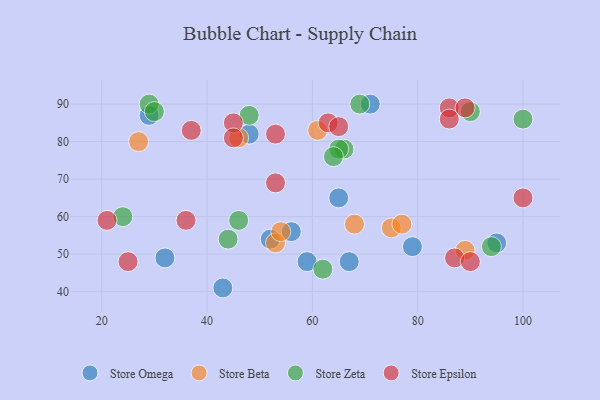
{"axis": {"x": "GDP", "y": "Life Expectancy"}, "legend": ["Store Beta", "Store Epsilon", "Store Omega", "Store Zeta"], "data": [{"x": "32", "y": 49, "type": "Store Omega"}, {"x": "29", "y": 87, "type": "Store Omega"}, {"x": "79", "y": 52, "type": "Store Omega"}, {"x": "67", "y": 48, "type": "Store Omega"}, {"x": "59", "y": 48, "type": "Store Omega"}, {"x": "65", "y": 65, "type": "Store Omega"}, {"x": "71", "y": 90, "type": "Store Omega"}, {"x": "52", "y": 54, "type": "Store Omega"}, {"x": "95", "y": 53, "type": "Store Omega"}, {"x": "43", "y": 41, "type": "Store Omega"}, {"x": "56", "y": 56, "type": "Store Omega"}, {"x": "48", "y": 82, "type": "Store Omega"}, {"x": "75", "y": 57, "type": "Store Beta"}, {"x": "61", "y": 83, "type": "Store Beta"}, {"x": "68", "y": 58, "type": "Store Beta"}, {"x": "89", "y": 51, "type": "Store Beta"}, {"x": "27", "y": 80, "type": "Store Beta"}, {"x": "53", "y": 53, "type": "Store Beta"}, {"x": "77", "y": 58, "type": "Store Beta"}, {"x": "46", "y": 81, "type": "Store Beta"}, {"x": "54", "y": 56, "type": "Store Beta"}, {"x": "66", "y": 78, "type": "Store Zeta"}, {"x": "65", "y": 78, "type": "Store Zeta"}, {"x": "29", "y": 90, "type": "Store Zeta"}, {"x": "100", "y": 86, "type": "Store Zeta"}, {"x": "62", "y": 46, "type": "Store Zeta"}, {"x": "48", "y": 87, "type": "Store Zeta"}, {"x": "46", "y": 59, "type": "Store Zeta"}, {"x": "90", "y": 88, "type": "Store Zeta"}, {"x": "94", "y": 52, "type": "Store Zeta"}, {"x": "24", "y": 60, "type": "Store Zeta"}, {"x": "69", "y": 90, "type": "Store Zeta"}, {"x": "44", "y": 54, "type": "Store Zeta"}, {"x": "64", "y": 76, "type": "Store Zeta"}, {"x": "30", "y": 88, "type": "Store Zeta"}, {"x": "87", "y": 49, "type": "Store Epsilon"}, {"x": "45", "y": 85, "type": "Store Epsilon"}, {"x": "63", "y": 85, "type": "Store Epsilon"}, {"x": "53", "y": 82, "type": "Store Epsilon"}, {"x": "36", "y": 59, "type": "Store Epsilon"}, {"x": "37", "y": 83, "type": "Store Epsilon"}, {"x": "86", "y": 89, "type": "Store Epsilon"}, {"x": "45", "y": 81, "type": "Store Epsilon"}, {"x": "21", "y": 59, "type": "Store Epsilon"}, {"x": "65", "y": 84, "type": "Store Epsilon"}, {"x": "89", "y": 89, "type": "Store Epsilon"}, {"x": "100", "y": 65, "type": "Store Epsilon"}, {"x": "25", "y": 48, "type": "Store Epsilon"}, {"x": "53", "y": 69, "type": "Store Epsilon"}, {"x": "90", "y": 48, "type": "Store Epsilon"}, {"x": "86", "y": 86, "type": "Store Epsilon"}]}